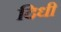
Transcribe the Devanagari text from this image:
दिधी